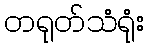
တရုတ်သံရုံး